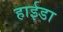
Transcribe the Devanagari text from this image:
हाईडा